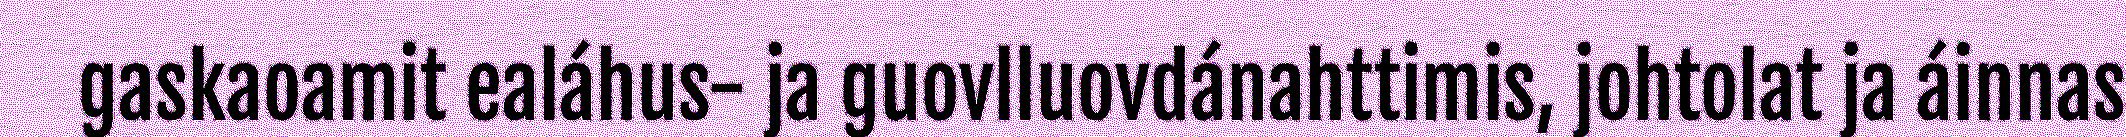
gaskaoamit ealáhus- ja guovlluovdánahttimis, johtolat ja áinnas